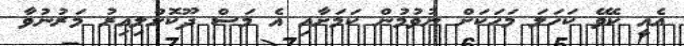
އެއީ ކެވޭ ކަހަލަ މަހަކަށް ނުވުމުން ކަމަށާއި އެ މަސް ދޫކޮށްލިއިރު މަރުނުވާ